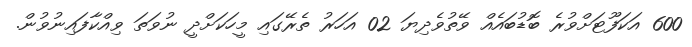
600 އަކަފޫޓަށްވުރެ ބޮޑުބައެއް ވޭތުވެދިޔަ 02 އަހަރު ތެރޭގައި މީހަކަށްދީ ނުވަތަ ވިއްކާފައިނުވުން.